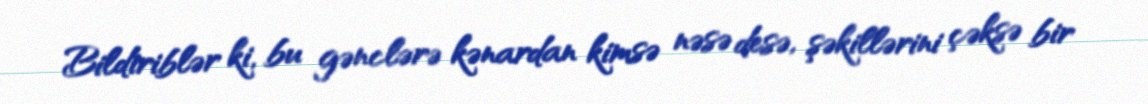
Bildiriblər ki, bu gənclərə kənardan kimsə nəsə desə, şəkillərini çəksə bir